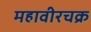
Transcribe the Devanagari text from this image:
महावीरचक्र